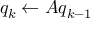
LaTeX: q _ { k } \leftarrow A q _ { k - 1 }